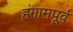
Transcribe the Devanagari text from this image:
हंगामपूर्व